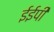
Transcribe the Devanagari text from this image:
ईईपी